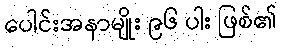
ပေါင်းအနာမျိုး ၉၆ ပါး ဖြစ်၏